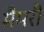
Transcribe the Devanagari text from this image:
मैमरी